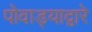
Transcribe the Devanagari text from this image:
पोवाड्याद्वारे